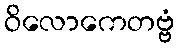
ဝိလောကေတဗ္ဗံ